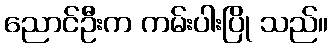
ညောင်ဦးက ကမ်းပါးပြို သည်။